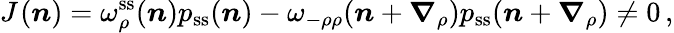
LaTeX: J{}_{}(\boldsymbol n)=\omega_{\rho}^{\mathrm{ss}}(\boldsymbol n)p_{\mathrm{ss}}(\boldsymbol n)-\omega_{-\rho\rho}(\boldsymbol n+\boldsymbol{\nabla}_{\rho})p_{\mathrm{ss}}(\boldsymbol n+\boldsymbol{\nabla}_{\rho})\neq 0\, ,